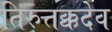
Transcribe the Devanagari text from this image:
तिरुत्तक्कदेव